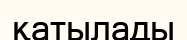
қатылады